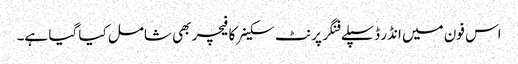
اس فون میں انڈر ڈسپلے فنگر پرنٹ سکینر کا فیچر بھی شامل کیا گیا ہے۔